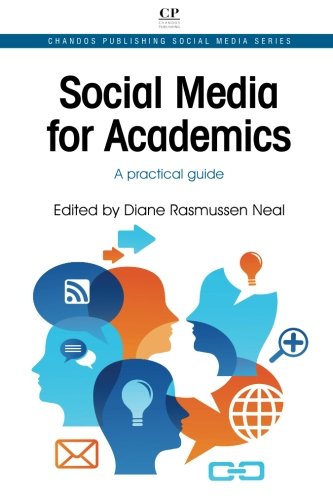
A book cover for Social Media for Academics: A Practical Guide (Chandos Publishing Social Media Series); Computers & Technology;